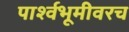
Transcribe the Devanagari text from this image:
पार्श्वभूमीवरच